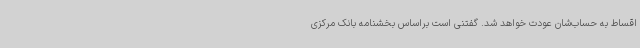
اقساط به حساب‌شان عودت خواهد شد. گفتنی است براساس بخشنامه بانک مرکزی